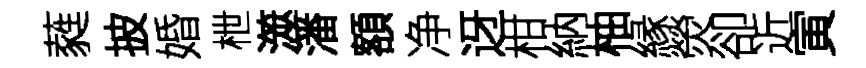
蕤披婚枻澨潘額净迓柑納柚縁熒卻近寅